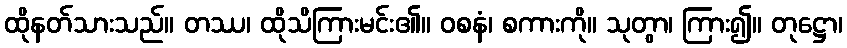
ထိုနတ်သားသည်။ တဿ၊ ထိုသိကြားမင်း၏။ ဝစနံ၊ စကားကို။ သုတွာ၊ ကြား၍။ တုဋ္ဌော၊